Lunatic asylums Central Provinces reports 1874-1885 - 1874-1885
Year: 1874
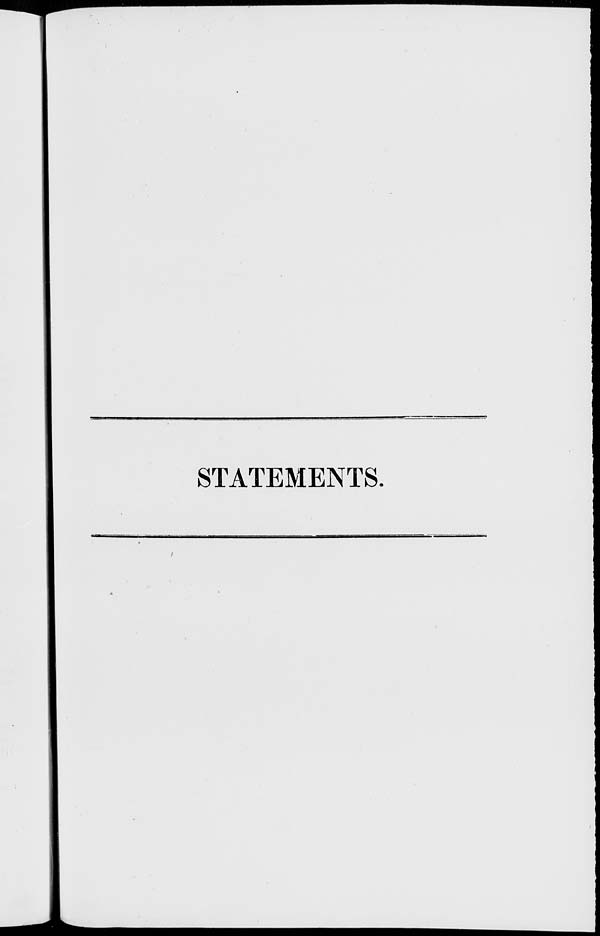
STATEMENTS.